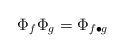
LaTeX: \begin{align*}\Phi_f \Phi_g=\Phi_{f\bullet g}\end{align*}